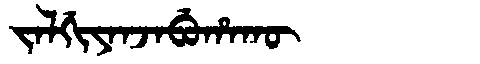
Manchu: ᠵᠠᠯᡤᡳᠶᠠᠨᠵᠠᠪᡠᡥᠠᡴᡡ
Romanization: JALGIYANJABUHAKŪ